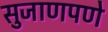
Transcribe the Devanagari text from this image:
सुजाणपणे